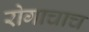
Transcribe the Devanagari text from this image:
रोगाचाच